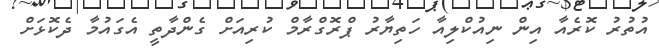
އުތުރު ކޮރެއާ އިން ނިއުކްލިއާ ހަތިޔާރު ޕްރޮގްރާމް ކުރިއަށް ގެންދާތީ އެގައުމާ ދެކޮޅަށް